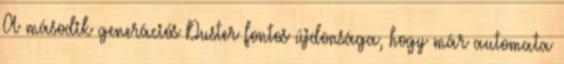
A második generációs Duster fontos újdonsága, hogy már automata